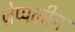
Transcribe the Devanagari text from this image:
ज़ेप्पलीन